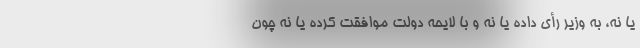
یا نه، به وزیر رأی داده یا نه و با لایحه دولت موافقت کرده یا نه چون